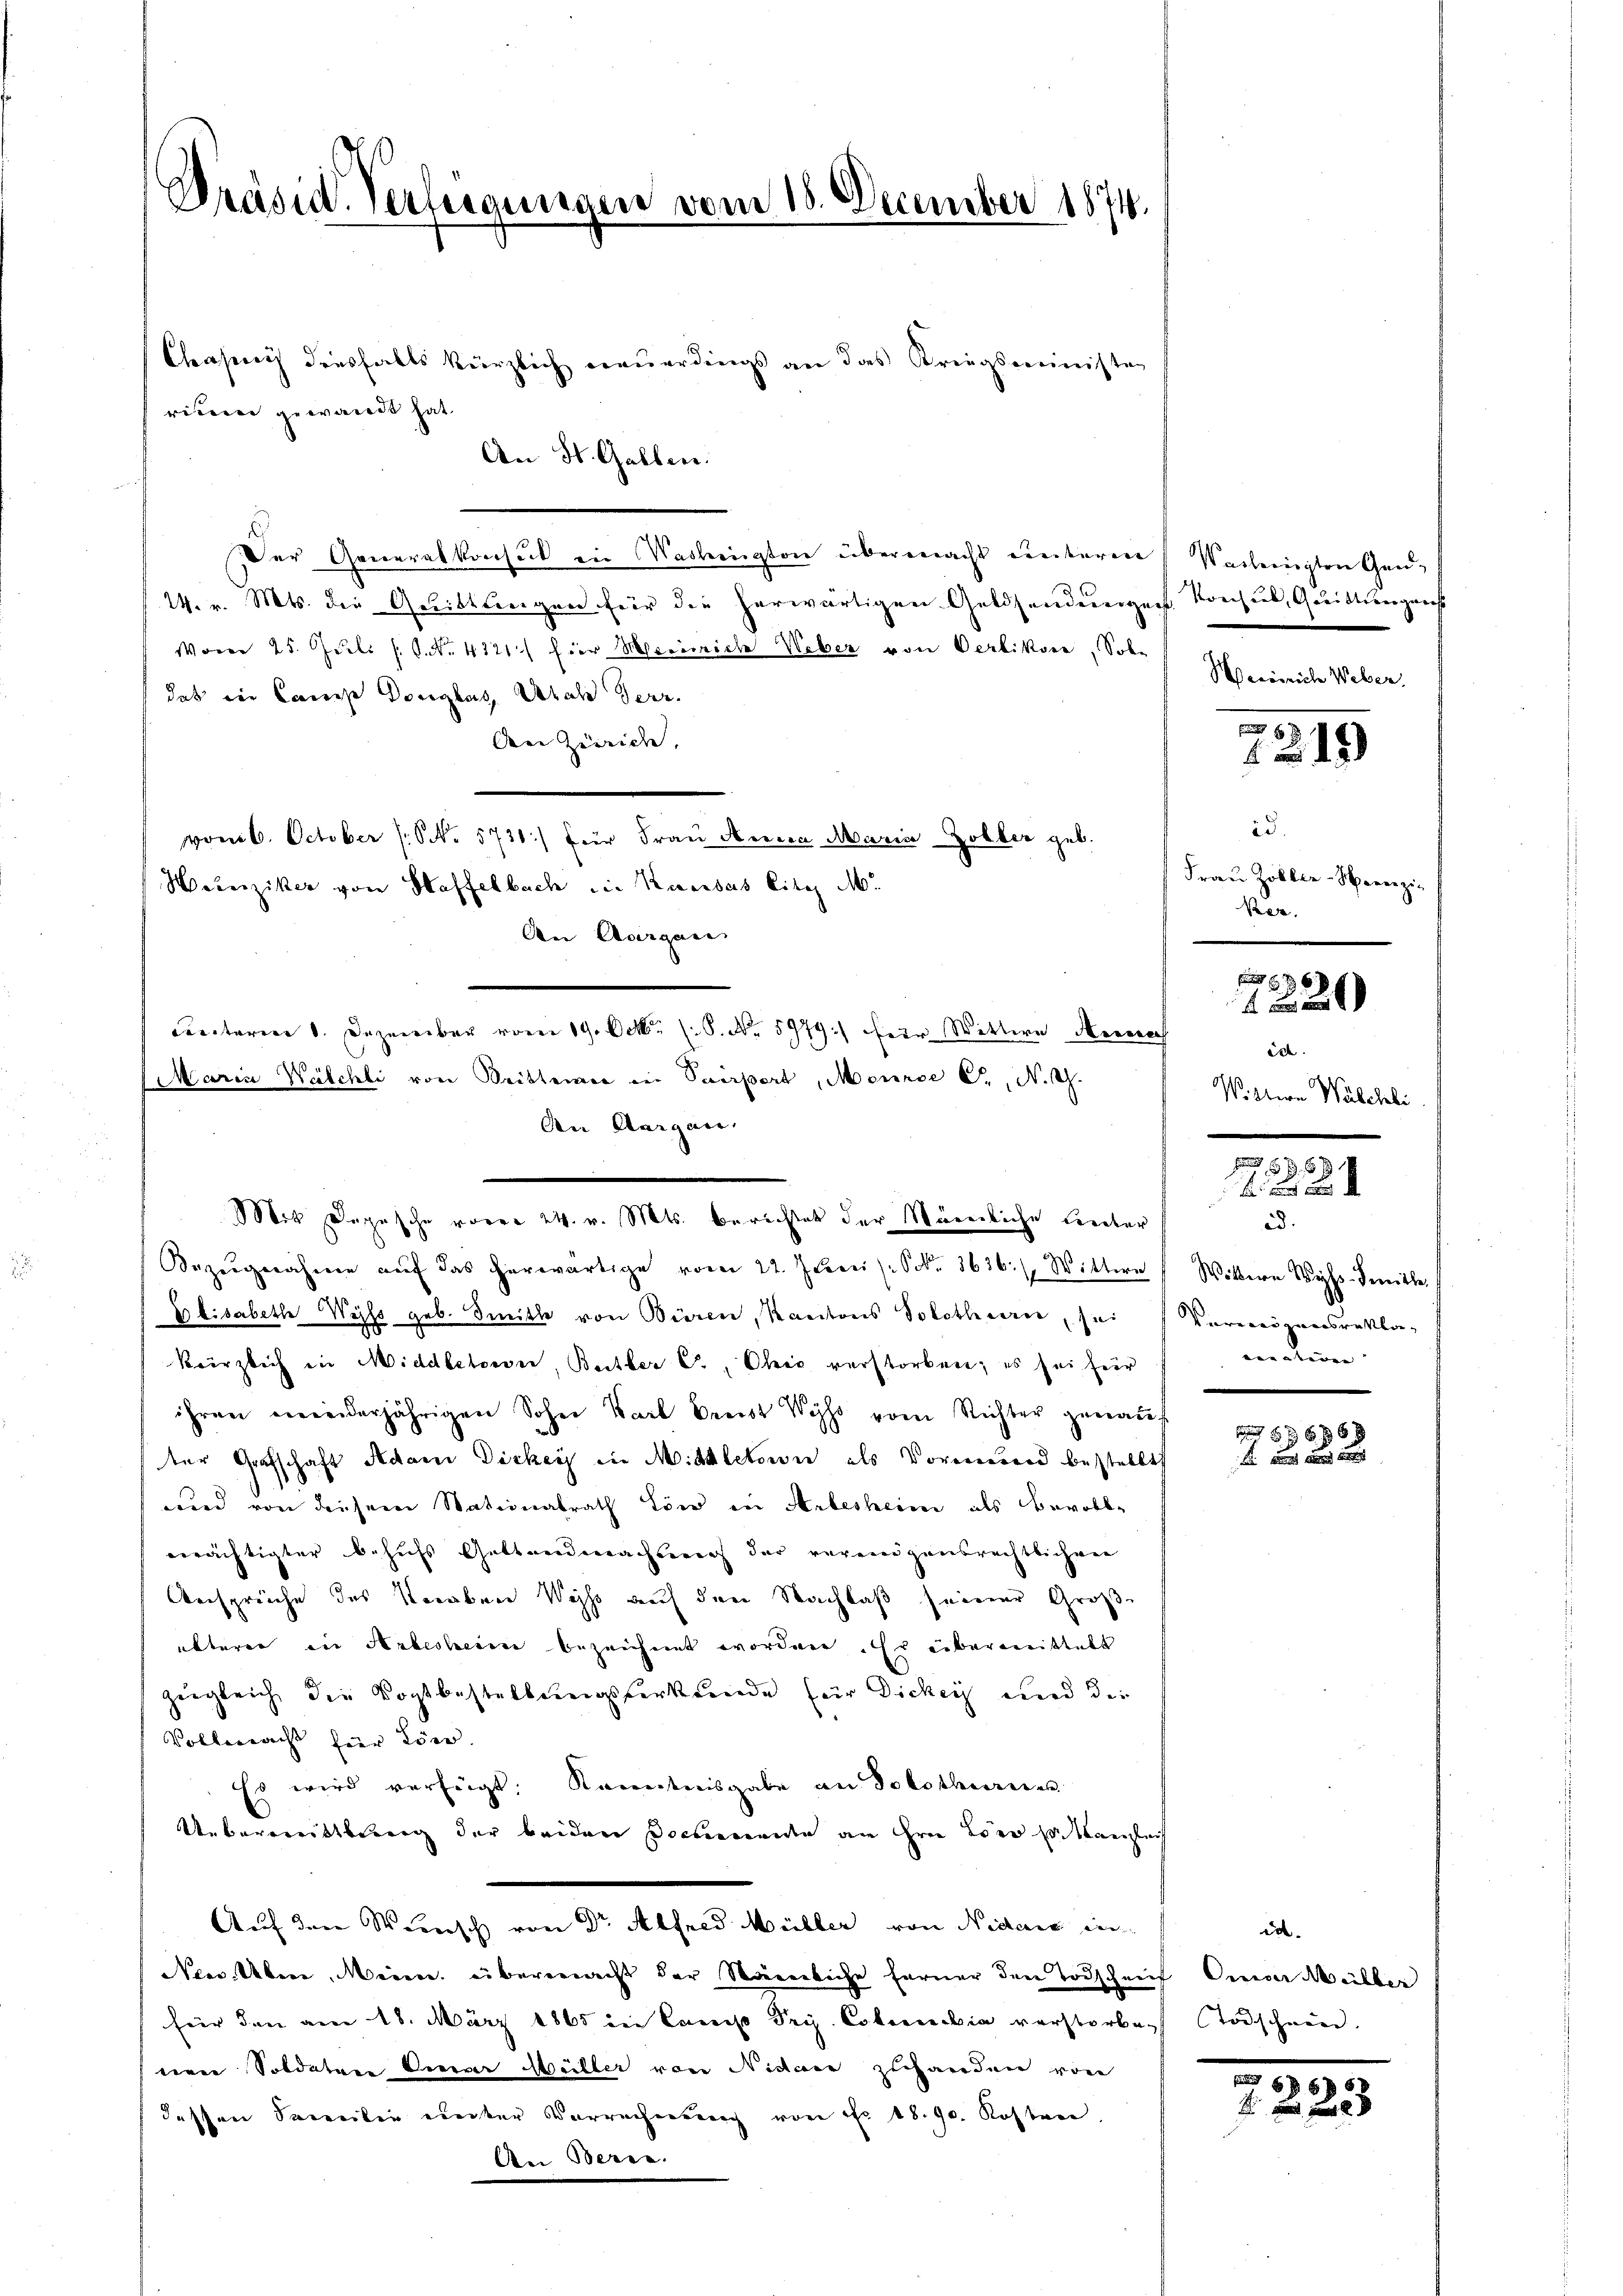
Präsid. Verteigungen vom 18. December 1874.

riten gewandt hat

Chrasinis diesfalls kürzlich neuerdings an das Kriegsministen
An St. Gallen.
Der Generalkonsul in Maskengton übermacht untere
24. v. Mts. die Geistungen für die herwärtigen Geldsendenergeist Konsub, Quittungens
Woner 25. Juli 16. No. 4121.) hier Meinrich Weber von Verbikver, Soldas in Campe Douglas, sal derz
Den Zürich,
vom 6. October (S. 5731) für Fraŭ Heeren Maria Zöller geb.
Heinziker von Haffelbach die Kausas lite M.
An Aargane
Crectoren 1. Dezember vom 19. Octbr. 18. No. 5979) sehr Wittwe Herrech
Maria Wäschli von Drittener in Sairpert, Meince S., N. S.
An Aargau.
Bezeigenahme auf das herwärtige vom 22. Juni /: S. 3636.  Wittwe
Elisabethe Weiss geb. Smitte von Bieren, Kantons Solotheorie, sei
kürzlich in Middletorn, Bettler C. Chis verstorben; es sei für
ihren minderjährigen Sohne Karl Brust Wyss vom Richter genaŭs
ter Grafschaft Adam Dicker die Mitletorn als Vormernd bestellt
wird von diesem Stationalrath Löw in Arbesheim als Bevollverächtigter behufs Geltendmachung der verangensrechtlichen
Ansprüche des Veraben Weiss auf den Nachlaß seiner Groß-
akterer in Habesherin bezeichnet worden. Er übermittelt
zugleich die Vogtbestellungsverkunde für Dickig und die
Vollmacht hier töne.
Es wird verfügt: Kenntnisgabe an Solothurnes
Uebereittberg der beiden Docende an ihren Leo Estlangleich
Auf den Minist in d. Alser heute von denen in
NNee. Übere Meine übermacht der Männliche ferner den Todschauf Oreser Weilber
für den am 18. März 1865 in Camis Dri. Esteresia verstorbe-
steen Soldaten Seever Weiller von Nidare zuhanden von
dessen Familie einter Verrechnung von Nr. 18. 90. Kosten,
An Beren.

Mit Depesche voren 24. v. Mts. berichtet der Nämliche Leiter

Verbringten Gen¬
Weinreiche Weber

id.
Frau Zoller-Horenzin
Ver.

.

8
1219)

6
1220

5 x
f

Wiltern Weisenitte
Verweigensrestlo
ernation |
e

6 x 69 xx

Wäschli

da.
Todschwein.

819